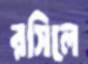
রসিলে